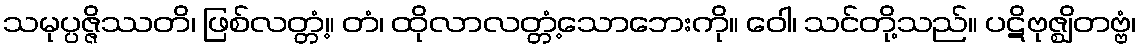
သမုပ္ပဇ္ဇိဿတိ၊ ဖြစ်လတ္တံ့။ တံ၊ ထိုလာလတ္တံ့သောဘေးကို။ ဝေါ၊ သင်တို့သည်။ ပဋိဗုဇ္ဈိတဗ္ဗံ၊